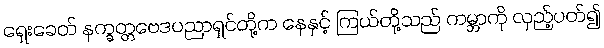
ရှေးခေတ် နက္ခတ္တဗေဒပညာရှင်တို့က နေနှင့် ကြယ်တို့သည် ကမ္ဘာကို လှည့်ပတ်၍